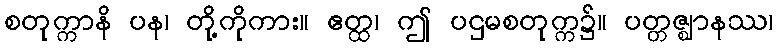
စတုက္ကာနိ ပန၊ တို့ကိုကား။ ဧတ္ထ၊ ဤ ပဌမစတုက္က၌။ ပတ္တဇ္ဈာနဿ၊